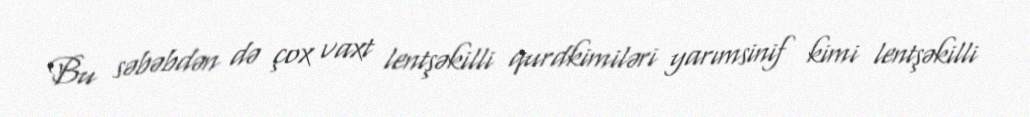
Bu səbəbdən də çox vaxt lentşəkilli qurdkimiləri yarımsinif kimi lentşəkilli